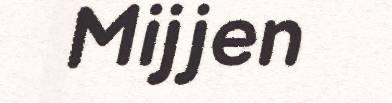
Mijjen